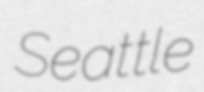
Seattle